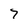
Character: 7